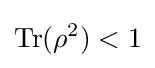
\operatorname {Tr} (\rho ^{2})<1